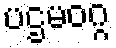
ပဌမဝဂ္ဂ